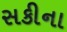
સકીના